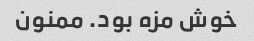
خوش مزه بود. ممنون